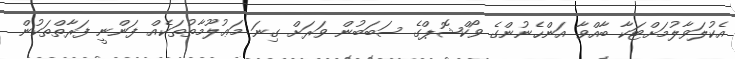
އެކުލަވާލުމަށްޓަކާ ބާއްވާ އަންހެނުންގެ ވޯކްޝޮޕްގެ ސަބަބުން ވަރަށް ގިނަ މަޢުލޫމާތުތަކެއް ފަންނީ ފަރާތްތަކުން